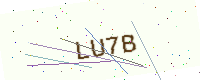
Text: LU7B